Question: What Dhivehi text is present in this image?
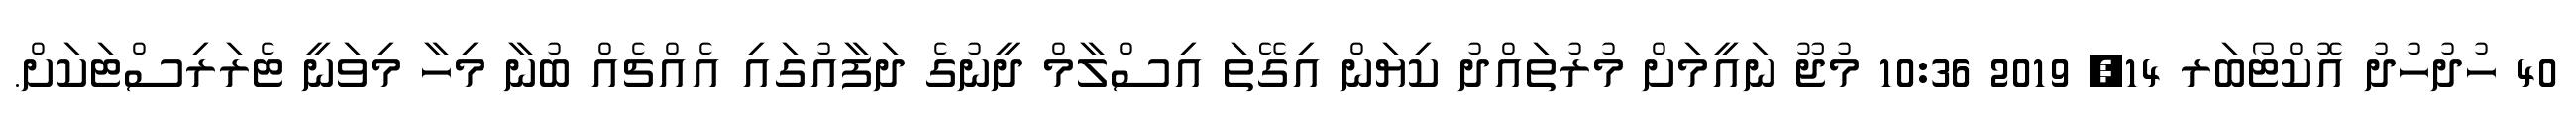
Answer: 40 ހުދުހުދު އޮކްޓޯބަރ 14, 2019 10:36 މުޖޫ ނައީމަށް މުރުތައްދު ކިޔަން އިގޭތަ އިސްލާމް ދީނުގެ ދަފާއުގައި އެއްޗެއް ބުނާ މިހާ މިވަނީ ޓެރަރިސްޓަކަށް.